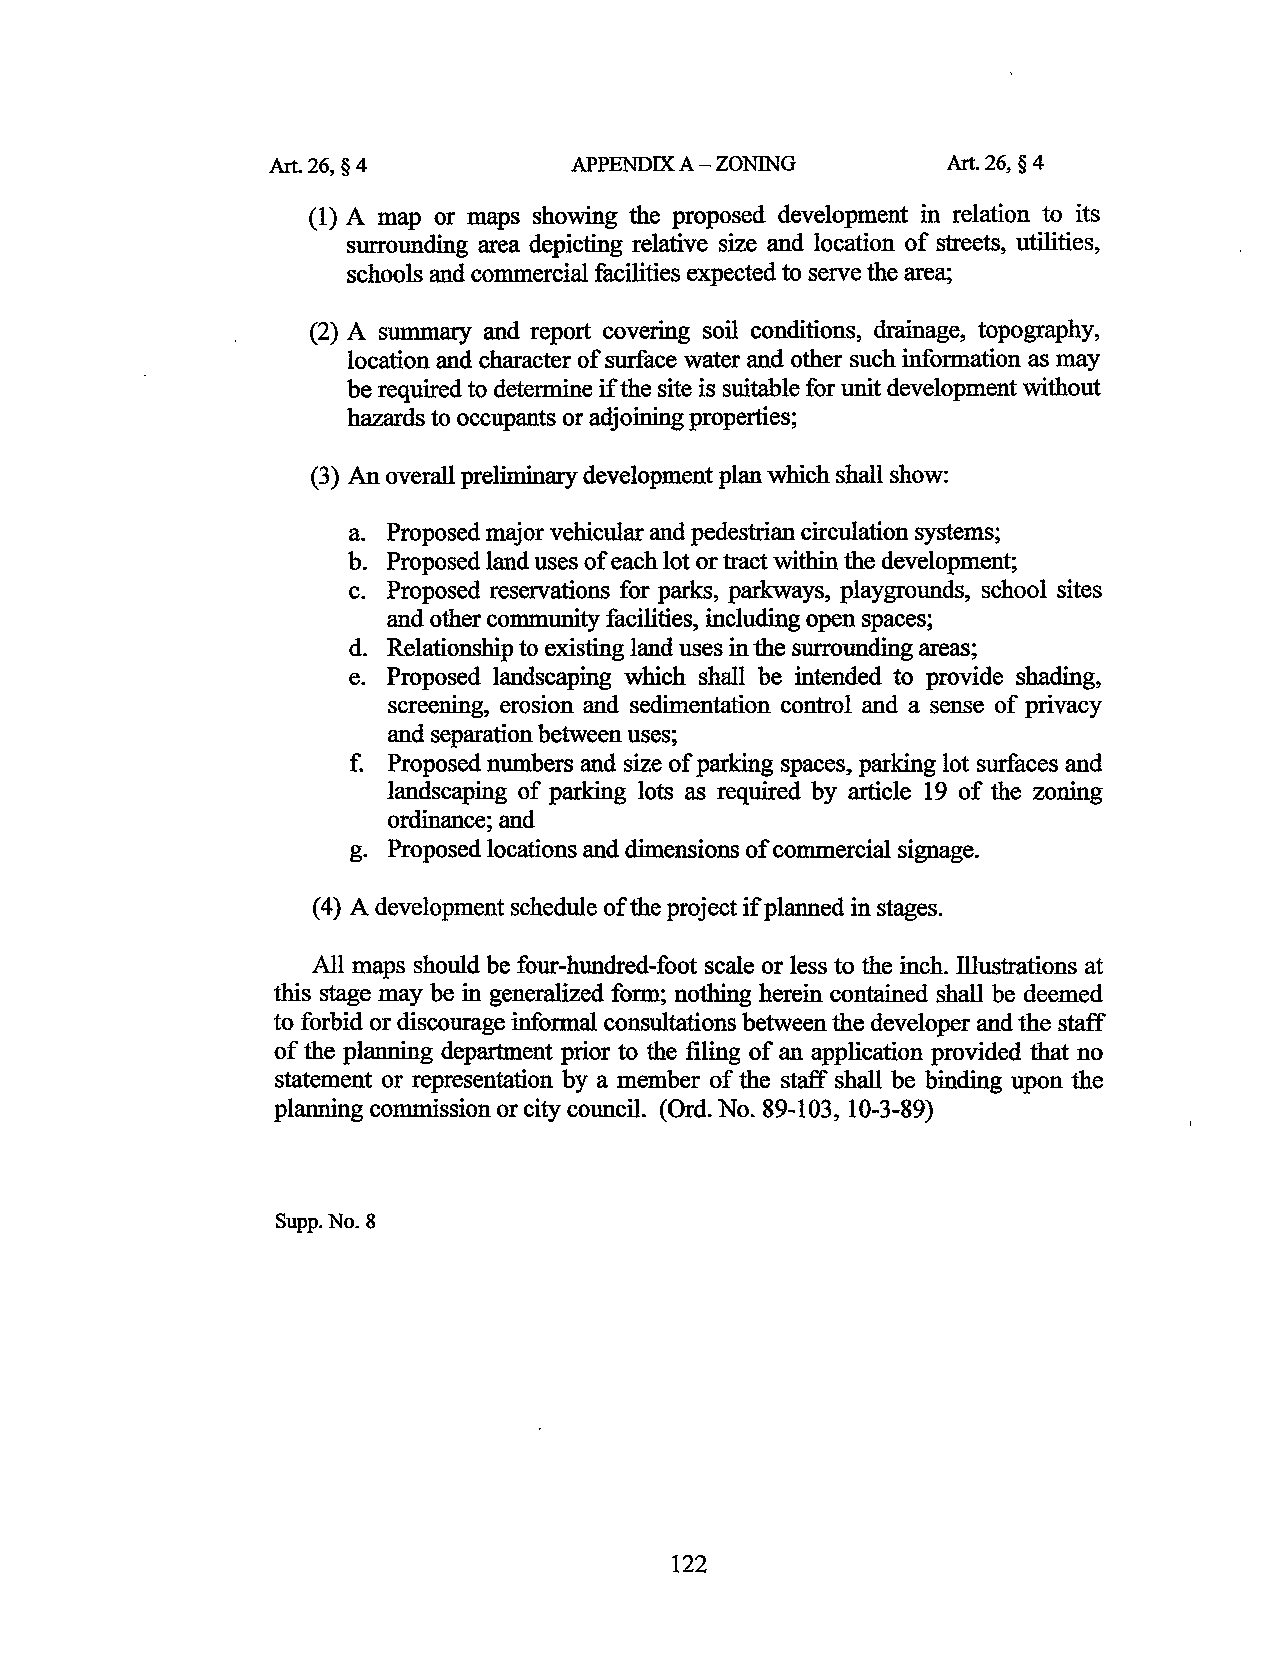
Art. 26, § 4        APPENDIX A-ZONING        Art. 26, § 4
 (1) A map or maps showing the proposed development in relation to its
 surrounding area depicting relative size and location of streets, utilities,
 schools and commercial facilities expected to serve the area;
 (2) A summary and report covering soil conditions, drainage, topography,
 location and character of surface water and other such information as may
 be required to determine ift he site is suitable for unit development without
 hazards to occupants or adjoining properties;
 (3) An overall preliminary development plan which shall show:
 a. Proposed major vehicular and pedestrian circulation systems;
 b. Proposed land uses of each lot or tract within the development;
 c. Proposed reservations for parks, parkways, playgrounds, school sites
 and other community facilities, including open spaces;
 d. Relationship to existing land uses in the surrounding areas;
 e. Proposed landscaping which shall be intended to provide shading,
 screening, erosion and sedimentation control and a sense of privacy
 and separation between uses;
 f. Proposed numbers and size of parking spaces, parking lot surfaces and
 landscaping of parking lots as required by article 19 of the zoning
 ordinance; and
 g. Proposed locations and dimensions of commercial signage.
 (4) A development schedule of the project if planned in stages.
 All maps should be four-hundred-foot scale or less to the inch. illustrations at
 this stage may be in generalized form; nothing herein contained shall be deemed
 to forbid or discourage informal consultations between the developer and the staff
 of the planning department prior to the filing of an application provided that no
 statement or representation by a member of the staff shall be binding upon the
 planning commission or city council. (Ord. No. 89-103, 10-3-89)
 Supp. No.8
 122